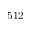
5 1 2